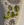
لك